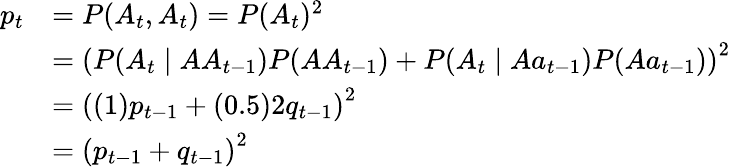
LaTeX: {\begin{array}{rl}{p_{t}}&{=P(A_{t},A_{t})=P(A_{t})^{2}}\\ &{=\left(P(A_{t}\mid AA_{t-1})P(AA_{t-1})+P(A_{t}\mid Aa_{t-1})P(Aa_{t-1})\right)^{2}}\\ &{=\left((1)p_{t-1}+(0.5)2q_{t-1}\right)^{2}}\\ &{=\left(p_{t-1}+q_{t-1}\right)^{2}}\end{array}}